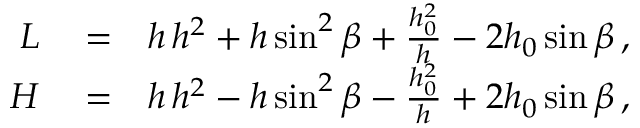
\begin{array} { r l r } { L } & { { } = } & { h \, h ^ { 2 } + h \sin ^ { 2 } \beta + \frac { h _ { 0 } ^ { 2 } } { h } - 2 h _ { 0 } \sin \beta \, , } \\ { { \cal H } } & { { } = } & { h \, h ^ { 2 } - h \sin ^ { 2 } \beta - \frac { h _ { 0 } ^ { 2 } } { h } + 2 h _ { 0 } \sin \beta \, , } \end{array}